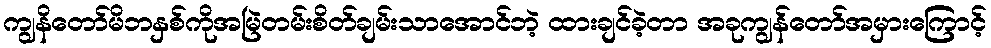
ကျွနိတော်မိဘနှစ်ကိုအမြဲတမ်းစိတ်ချမ်းသာအောင်ဘဲ့ ထားချင်ခဲ့တာ အခုကျွန်တော်အမှားကြောင့်